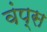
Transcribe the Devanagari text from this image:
वंप्स